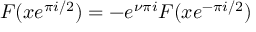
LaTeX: F ( x e ^ { \pi i / 2 } ) = - e ^ { \nu \pi i } F ( x e ^ { - \pi i / 2 } )